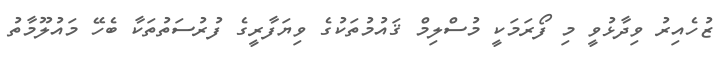
ޒުހެއިރު ވިދާޅުވީ މި ފޯރަމަކީ މުސްލިމް ޤައުމުތަކުގެ ވިޔަފާރީގެ ފުރުސަތުތަކާ ބެހޭ މައުލޫމާތު